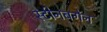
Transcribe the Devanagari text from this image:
स्टीनबर्गेन